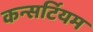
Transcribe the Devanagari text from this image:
कन्सर्टियम